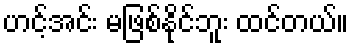
ဟင့်အင်း မဖြစ်နိုင်ဘူး ထင်တယ်။